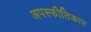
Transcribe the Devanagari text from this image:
अपस्फीतिकार